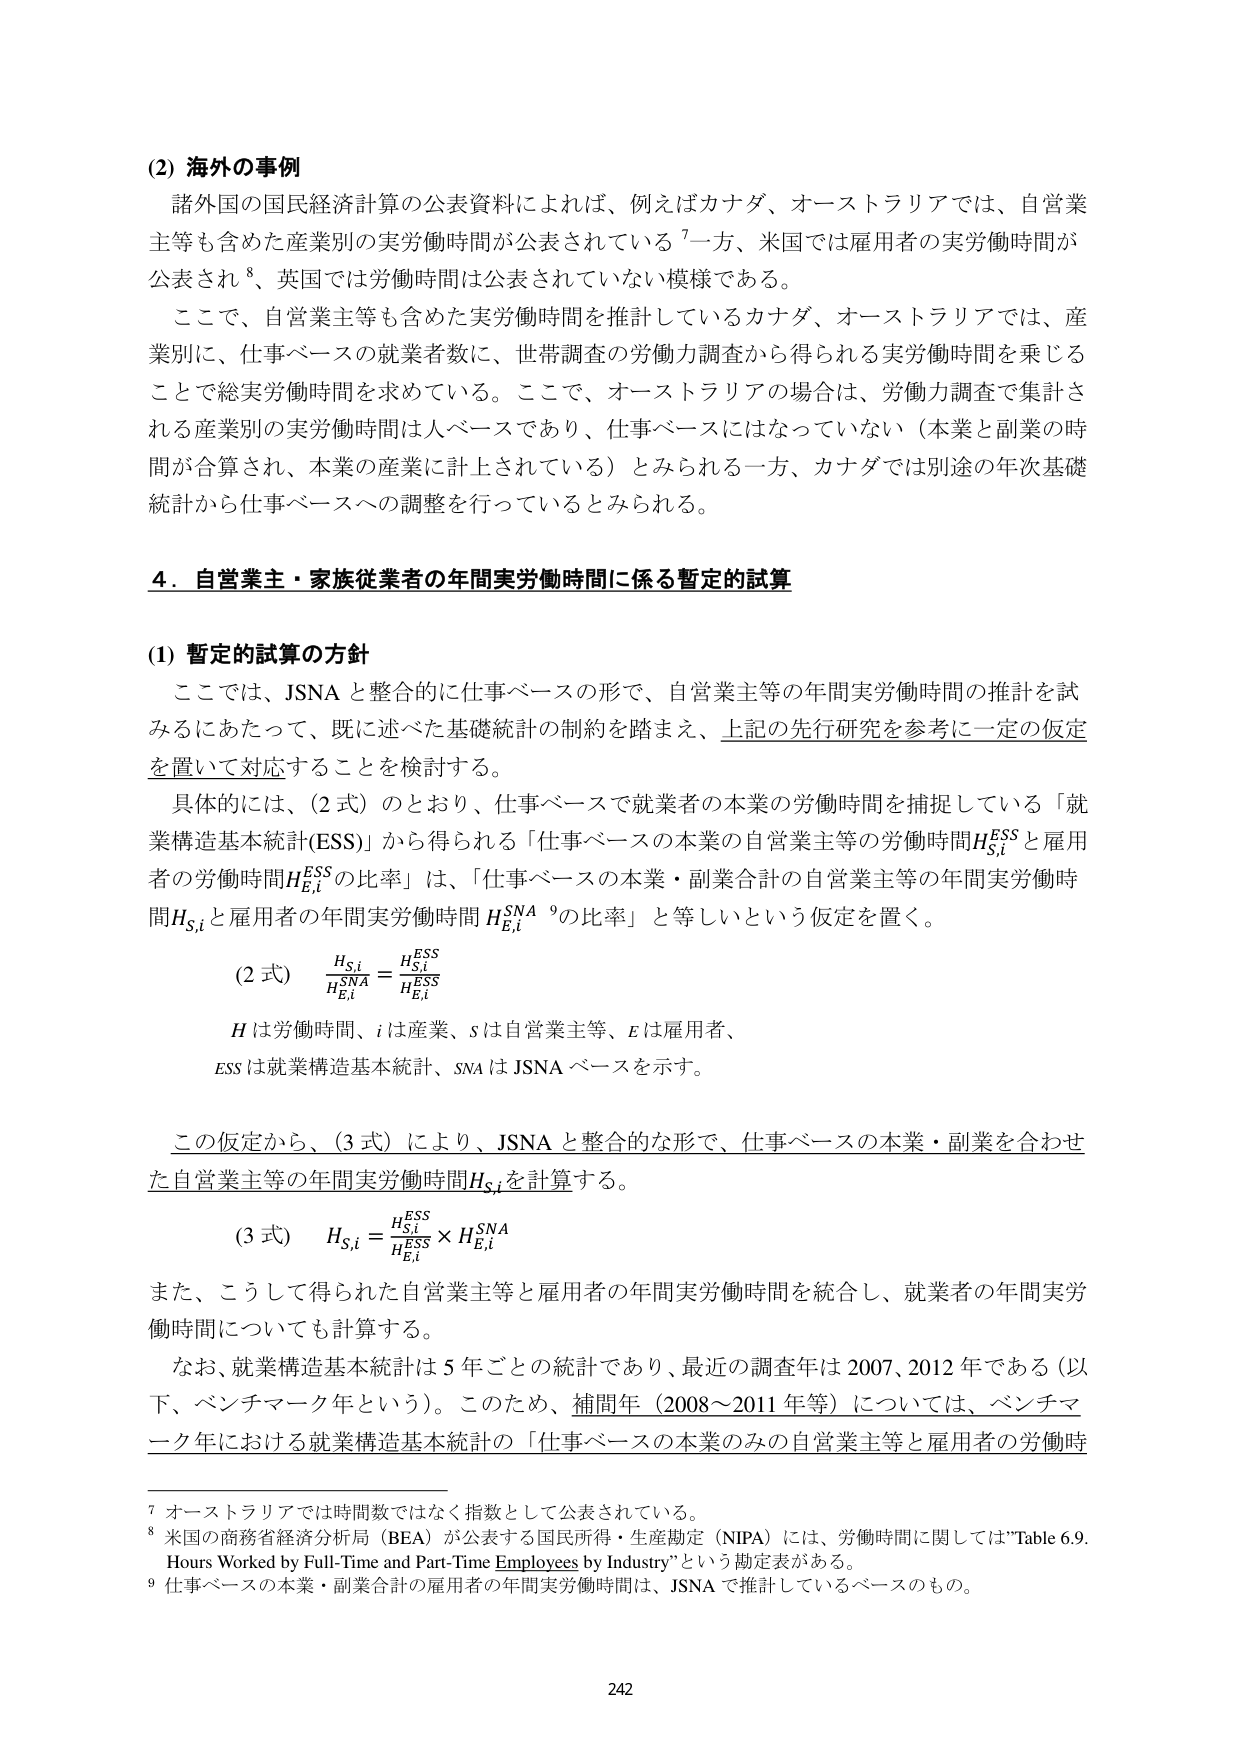
(2) 海外の事例
諸外国の国民経済計算の公表資料によれば、例えばカナダ、オーストラリアでは、自営業主等も含めた産業別の実労働時間が公表されている7一方、米国では雇用者の実労働時間が公表され8、英国では労働時間は公表されていない模様である。
ここで、自営業主等も含めた実労働時間を推計しているカナダ、オーストラリアでは、産業別に、仕事ベースの就業者数に、世帯調査の労働力調査から得られる実労働時間を乗じることで総実労働時間を求めている。ここで、オーストラリアの場合は、労働力調査で集計される産業別の実労働時間は人ベースであり、仕事ベースにはなっていない（本業と副業の時間が合算され、本業の産業に計上されている）とみられる一方、カナダでは別途の年次基礎統計から仕事ベースへの調整を行っているとみられる。

4．自営業主・家族従業者の年間実労働時間に係る暫定的試算

(1) 暫定的試算の方針
ここでは、JSNA と整合的に仕事ベースの形で、自営業主等の年間実労働時間の推計を試みるにあたって、既に述べた基礎統計の制約を踏まえ、上記の先行研究を参考に一定の仮定を置いて対応することを検討する。
具体的には、（2式）のとおり、仕事ベースで就業者の本業の労働時間を捕捉している「就業構造基本統計(ESS)」から得られる「仕事ベースの本業の自営業主等の労働時間H_S,i^ESS と雇用者の労働時間H_E,i^ESS の比率」は、「仕事ベースの本業・副業合計の自営業主等の年間実労働時間H_S,i と雇用者の年間実労働時間 H_E,i^SNA 9の比率」と等しいという仮定を置く。

(2式)
H_S,i / H_E,i^SNA = H_S,i^ESS / H_E,i^ESS

H は労働時間、i は産業、s は自営業主等、E は雇用者、
ESS は就業構造基本統計、SNA は JSNA ベースを示す。

この仮定から、（3式）により、JSNA と整合的な形で、仕事ベースの本業・副業を合わせた自営業主等の年間実労働時間H_S,i を計算する。

(3式)
H_S,i = (H_S,i^ESS / H_E,i^ESS) × H_E,i^SNA

また、こうして得られた自営業主等と雇用者の年間実労働時間を統合し、就業者の年間実労働時間についても計算する。
なお、就業構造基本統計は5年ごとの統計であり、最近の調査年は2007、2012年である（以下、ベンチマーク年という）。このため、補間年（2008～2011年等）については、ベンチマーク年における就業構造基本統計の「仕事ベースの本業のみの自営業主等と雇用者の労働時

7 オーストラリアでは時間数ではなく指数として公表されている。
8 米国の商務省経済分析局（BEA）が公表する国民所得・生産勘定（NIPA）には、労働時間に関しては“Table 6.9. Hours Worked by Full-Time and Part-Time Employees by Industry”という勘定表がある。
9 仕事ベースの本業・副業合計の雇用者の年間実労働時間は、JSNA で推計しているベースのもの。

242